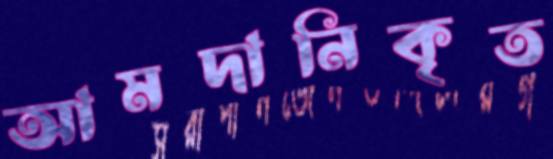
আমদানিকৃত